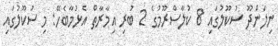
ނިލަންދޫ ސުކޫލުގައި 8 ކުލާސްރޫމުގެ 2 ބުރި އިމާރާތް އެޅުމާބެހޭ: މި ސުކޫލުގައި